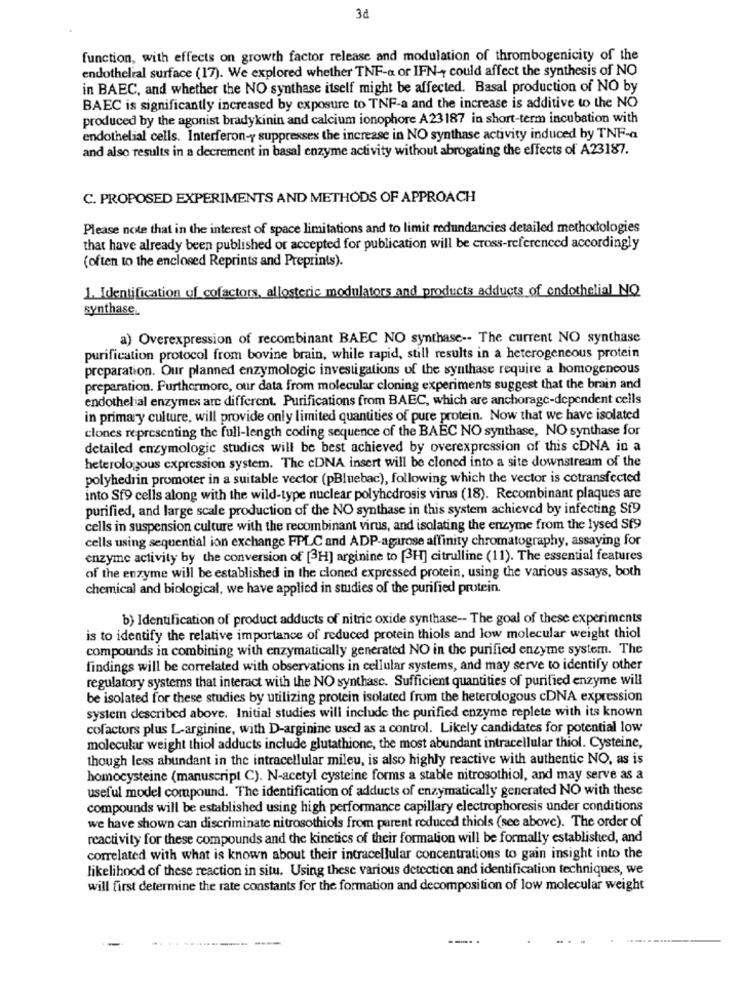
PE
function, with effects on growth factor release and modulation of thrombogenicity of the
endothelial surface (17). We explored whether TNF-a or IFN , could affect the synthesis of NO
in BAEC, and whether the NO synthase itself might be affected. Basal production of NO by
BAEC is significantly increased by exposure to TNF-a and the increase is additive to the NO
produced by the agonist bradykinin and calcium ionophore A23187 in short-term incubation with
endothelial cells. Interferon-y suppresses the increase in NO synthase activity induced by TNF-a
and also results in a decrement in basal enzyme activity without abrogating the effects of A23187.
C. PROPOSED EXPERIMENTS AND METHODS OF APPROACH
Please note that in the interest of space limitations and to limit redundancies detailed methodologies
that have already been published or accepted for publication will be cross-referenced accordingly
(often to the enclosed Reprints and Preprints).
1. Identification of cofactors, allosteric modulators and products adducts of endothelial NO
synthase
a) Overexpression of recombinant BAEC NO synthase -- The current NO synthase
purification protocol from bovine brain, while rapid, still results in a heterogeneous protein
preparation. Our planned enzymologic investigations of the synthase require a homogeneous
preparation. Furthermore, our data from molecular cloning experiments suggest that the brain and
endothelial enzymes arc different. Purifications from BAEC, which are anchorage-dependent cells
in primary culture, will provide only limited quantities of pure protein. Now that we have isolated
clones representing the full-length coding sequence of the BAEC NO synthase, NO synthase for
detailed enzymologie studics will be best achieved by overexpression of this cDNA in a
heterologous expression system. The cDNA insert will be cloned into a site downstream of the
polyhedrin promoter in a suitable vector (pBluebac), following which the vector is cotransfected
into Sf9 cells along with the wild-type nuclear polyhodrosis virus (18). Recombinant plaques are
purified, and large scale production of the NO synthase in this system achieved by infecting Sf9
cells in suspension culture with the recombinant virus, and isolating the enzyme from the lysed Sf9
cells using sequential ion exchange FPLC and ADP-agarose affinity chromatography, assaying for
enzyme activity by the conversion of [3H] arginine to [3H] citrulline (11). The essential features
of the enzyme will be established in the cloned expressed protein, using the various assays, both
chemical and biological, we have applied in studies of the purified protein.
b) Identification of product adducts of nitric oxide synthase -- The goal of these experiments
is to identify the relative importance of reduced protein thiols and low molecular weight thiol
compounds in combining with enzymatically generated NO in the purified enzyme system. The
findings will be correlated with observations in cellular systems, and may serve to identify other
regulatory systems that interact with the NO synthasc. Sufficient quantities of purified enzyme will
be isolated for these studies by utilizing protein isolated from the heterologous cDNA expression
system described above. Initial studies will include the purified enzyme replete with its known
cofactors plus L-arginine, with D-arginine used as a control. Likely candidates for potential low
molecular weight thiol adducts include glutathione, the most abundant intracellular thiol. Cysteine,
though less abundant in the intracellular mileu, is also highly reactive with authentic NO, as is
homocysteine (manuscript C). N-acetyl cysteine forms a stable nitrosothiol, and may serve as a
useful model compound. The identification of adducts of enzymatically generated NO with these
compounds will be established using high performance capillary electrophoresis under conditions
we have shown can discriminate nitrosothiols from parent reduced thiols (see above). The order of
reactivity for these compounds and the kinetics of their formation will be formally established, and
correlated with what is known about their intracellular concentrations to gain insight into the
likelihood of these reaction in situ. Using these various detection and identification techniques, we
will first determine the rate constants for the formation and decomposition of low molecular weight